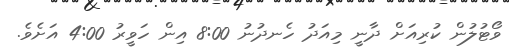
ވޯޓުލުން ކުރިއަށް ދާނީ މިއަދު ހެނދުނު 8:00 އިން ހަވީރު 4:00 އަށެވެ.